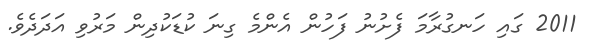
2011 ގައި ހަނގުރާމަ ފެށުނު ފަހުން އެންމެ ގިނަ ކުޑަކުދިން މަރުވި އަދަދެވެ.